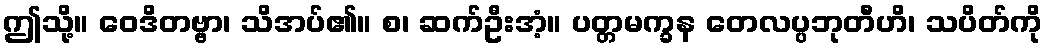
ဤသို့။ ဝေဒိတဗ္ဗာ၊ သိအပ်၏။ စ၊ ဆက်ဦးအံ့။ ပတ္တမက္ခန တေလပ္ပဘုတီဟိ၊ သပိတ်ကို